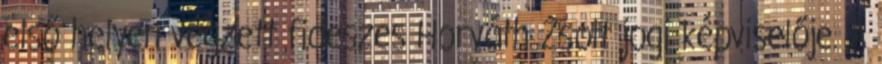
első helyen végzett fideszes Horváth Zsolt jogi képviselője. A